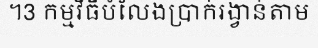
។3 កម្មវិធីបំលែងប្រាក់រង្វាន់តាម